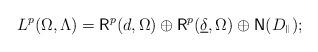
LaTeX: \begin{align*} L^p(\Omega,\Lambda)={\rm{\sf R}}^p(d,\Omega)\oplus{\rm{\sf R}}^p(\underline{\delta},\Omega)\oplus {\rm{\sf N}}(D_{{}^\Vert}) ;\end{align*}